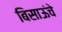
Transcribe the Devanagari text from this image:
बिसाऊंचे